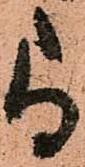
尚